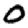
Digit: 0